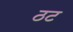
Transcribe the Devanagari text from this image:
ठट